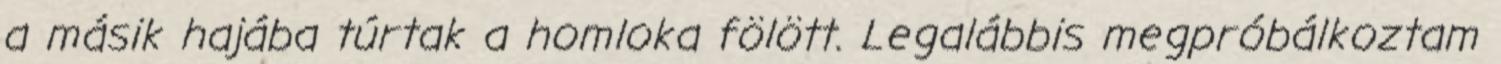
a másik hajába túrtak a homloka fölött. Legalábbis megpróbálkoztam